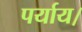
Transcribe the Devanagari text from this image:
पर्याय।